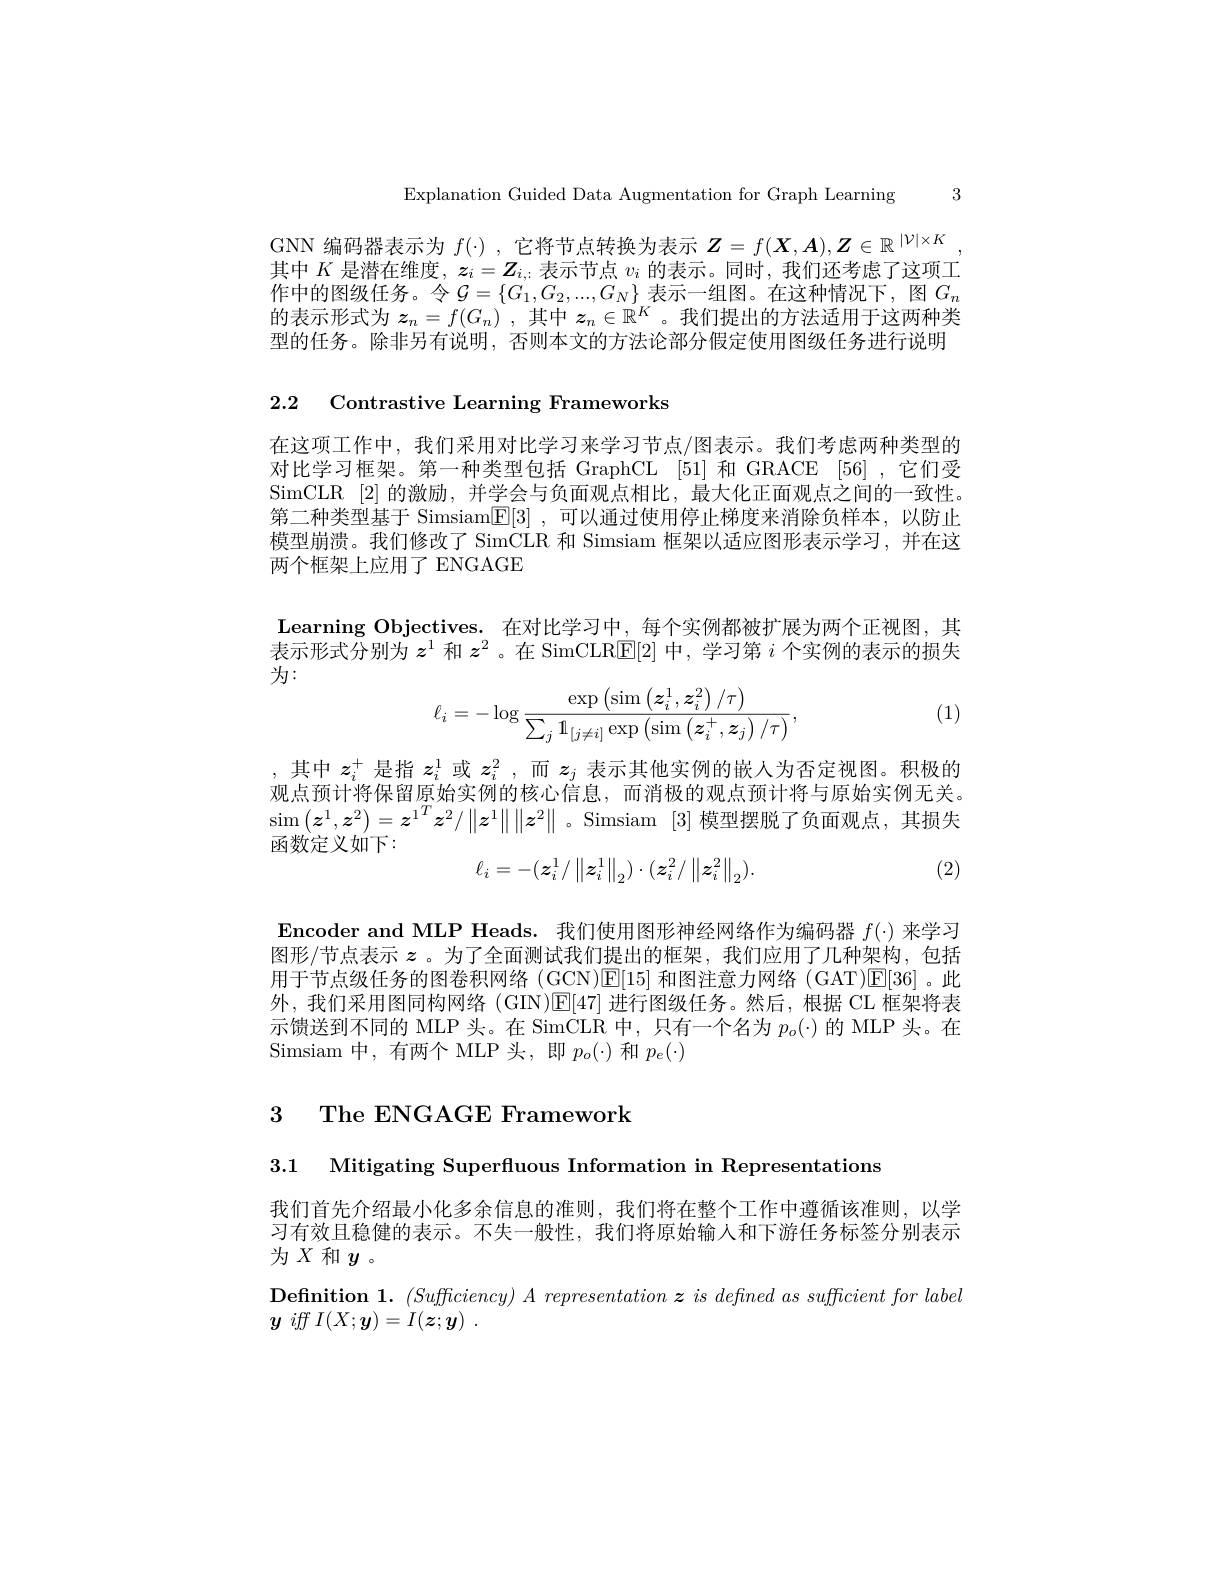
Explanation Guided Data Augmentation for Graph Learning 3

GNN 编码器表示为$f(\cdot)$ ,它将节点转换为表示$\boldsymbol{Z}=f(\boldsymbol{X},A),\boldsymbol{Z}\in\mathbb{R}^{|\mathcal{V}|\times K}$, 其中$K$是潜在维度$,\boldsymbol z_i=Z_i$,表示节点$v_i$的表示。同时，我们还考虑了这项工作中的图级任务。令$\mathcal{G}=\{G_1,G_2,...,G_N\}$表示一组图。在这种情况下，图$G_n$ 的表示形式为$z_n=f(G_n)$ ,其中$\boldsymbol{z}_n\in\mathbb{R}^K$ 。我们提出的方法适用于这两种类型的任务。除非另有说明，否则本文的方法论部分假定使用图级任务进行说明

2.2 Contrastive Learning Frameworks

在这项工作中，我们采用对比学习来学习节点/图表示。我们考虑两种类型的对比学习框架。第一种类型包括 GraphCL [51] 和 GRACE [56] ,它们受SimCLR [2] 的激励，并学会与负面观点相比，最大化正面观点之间的一致性。第二种类型基于 Simsiam$\boxed{\mathbb{E} }[ 3]$ ,可以通过使用停止梯度来消除负样本，以防止模型崩溃。我们修改了 SimCLR 和 Simsiam 框架以适应图形表示学习，并在这两个框架上应用了 ENGAGE

Learning Objectives. 在对比学习中，每个实例都被扩展为两个正视图，其表示形式分别为$z^1$和$z^2$ 。在 SimCLR$\mathbb{E}[2]$中，学习第$i$个实例的表示的损失为：

(1)
$$\ell_i=-\log\frac{\exp\left(\sin\left(\boldsymbol{z}_i^1,\boldsymbol{z}_i^2\right)/\tau\right)}{\sum_j\mathbb{1}_{[j\neq i]}\exp\left(\sin\left(\boldsymbol{z}_i^+,\boldsymbol{z}_j\right)/\tau\right)},$$
,其中$z_i^+$是指$z_i^1$或$z_i^2$ ,而$z_j$表示其他实例的嵌人为否定视图。积极的观点预计将保留原始实例的核心信息，而消极的观点预计将与原始实例无关。$\operatorname{sim}\left(\boldsymbol{z}^1,\boldsymbol{z}^2\right)=\boldsymbol{z}^{1T}\boldsymbol{z}^2/\left\|\boldsymbol{z}^1\right\|\left\|\boldsymbol{z}^2\right\|$。Simsiam [3]模型摆脱了负面观点，其损失函数定义如下：
$$\ell_i=-(z_i^1/\left\|z_i^1\right\|_2)\cdot(z_i^2/\left\|z_i^2\right\|_2).$$
(2)

$\mathbf{Encoder~and~MLP~Heads.~我们使用图形神经网络作为编码器~}f(\cdot)$来学习图形/节点表示$z$。为了全面测试我们提出的框架，我们应用了几种架构，包括用于节点级任务的图卷积网络 (GCN)[E[15] 和图注意力网络 (GAT)[E[36]。此外，我们采用图同构网络(GIN)[E[47]进行图级任务。然后，根据 CL 框架将表示馈送到不同的 MLP 头。在 SimCLR 中，只有一个名为$p_o(\cdot)$的 MLP 头。在Simsiam 中，有两个 MLP 头，即$p_o(\cdot)$和$p_e(\cdot)$

3 The ENGAGE Framework

3.1 Mitigating Superfluous Information in Representations

我们首先介绍最小化多余信息的准则，我们将在整个工作中遵循该淮则，以学习有效且稳健的表示。不失一般性，我们将原始输入和下游任务标签分别表示为$X$和$y$。

$\textbf{Definition 1. }( Sufficiency) \textit{A representation z is defined as sufficient for label}$
$y$ iff $I( X; \boldsymbol{y}) = I( \boldsymbol{z}; \boldsymbol{y})$ .